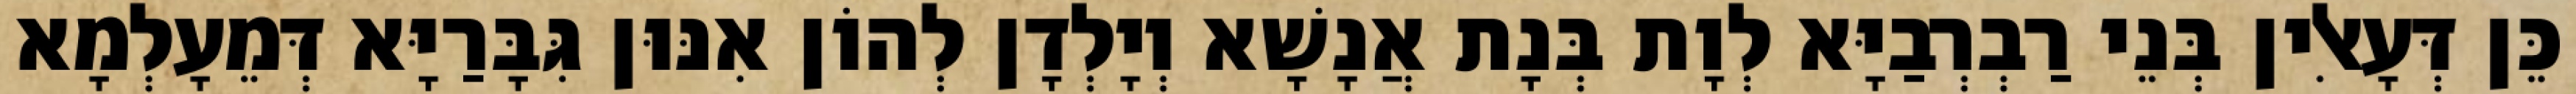
כֵּן דְּעָאלִין בְּנֵי רַבְרְבַיָּא לְוָת בְּנָת אֲנָשָׁא וְיָלְדָן לְהוֹן אִנּוּן גִּבָּרַיָּא דְּמֵעָלְמָא